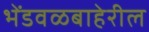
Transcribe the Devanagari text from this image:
भेंडवळबाहेरील